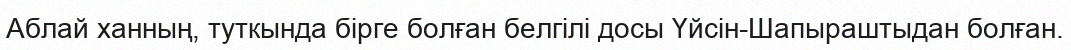
Аблай ханның, туткында бірге болған белгілі досы Үйсін-Шапыраштыдан болған.